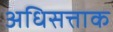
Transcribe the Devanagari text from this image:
अधिसत्ताक